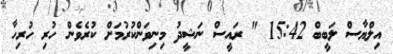
އިލްޔާސް ލަބީބް 15:42 " ރައީސް ނަޝީދު މިނިވަންކުރުމަށް ކުރެވެން ހުރި ހުރިހާ